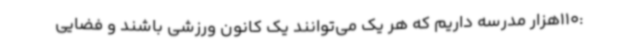
:110هزار مدرسه داریم که هر یک می‌توانند یک کانون ورزشی باشند و فضایی